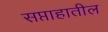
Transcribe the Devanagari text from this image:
सप्ताहातील